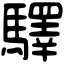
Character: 驛